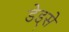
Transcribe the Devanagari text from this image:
डेड्से